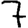
Digit: 7